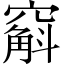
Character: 𫁚